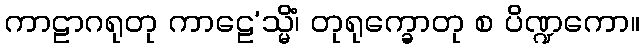
ကာဠာဂရုတု ကာဠေ’သ္မိံ၊ တုရုက္ခောတု စ ပိဏ္ဍကော။